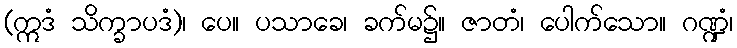
(ဣဒံ သိက္ခာပဒံ)၊ ပေ။ ပသာခေ၊ ခက်မ၌။ ဇာတံ၊ ပေါက်သော။ ဂဏ္ဍံ၊